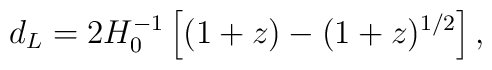
d_L = 2H_0^{-1}\left[ (1 + z) - (1 + z)^{1/2}\right],